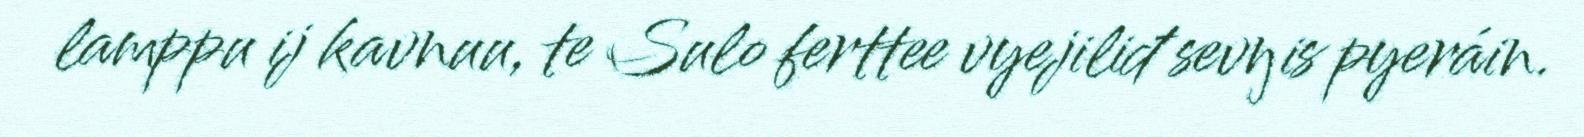
lamppu ij kavnuu, te Sulo ferttee vyejiliđ sevŋis pyeráin.